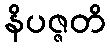
နိပဇ္ဇတိ